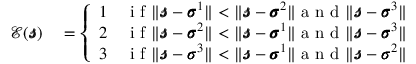
\begin{array} { r l } { \mathcal { E } ( \pmb { \mathscr { s } } ) } & { { } = \left\{ \begin{array} { l l } { 1 } & { \mathrm { ~ i ~ f ~ } \| \pmb { \mathscr { s } } - \pmb { \sigma } ^ { 1 } \| < \| \pmb { \mathscr { s } } - \pmb { \sigma } ^ { 2 } \| \mathrm { ~ a ~ n ~ d ~ } \| \pmb { \mathscr { s } } - \pmb { \sigma } ^ { 3 } \| } \\ { 2 } & { \mathrm { ~ i ~ f ~ } \| \pmb { \mathscr { s } } - \pmb { \sigma } ^ { 2 } \| < \| \pmb { \mathscr { s } } - \pmb { \sigma } ^ { 1 } \| \mathrm { ~ a ~ n ~ d ~ } \| \pmb { \mathscr { s } } - \pmb { \sigma } ^ { 3 } \| } \\ { 3 } & { \mathrm { ~ i ~ f ~ } \| \pmb { \mathscr { s } } - \pmb { \sigma } ^ { 3 } \| < \| \pmb { \mathscr { s } } - \pmb { \sigma } ^ { 1 } \| \mathrm { ~ a ~ n ~ d ~ } \| \pmb { \mathscr { s } } - \pmb { \sigma } ^ { 2 } \| } \end{array} \right. } \end{array}